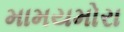
મામયમોરા